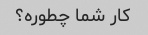
کار شما چطوره؟